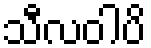
သီလဝါပိ